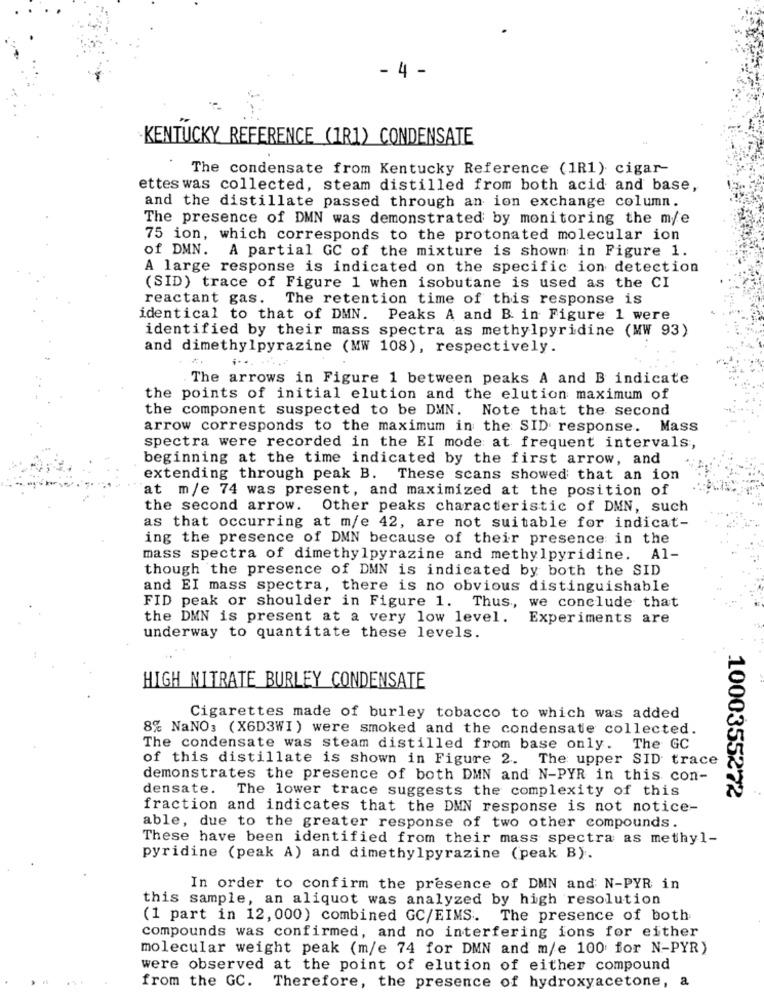
- 4 -
KENTUCKY REFERENCE (1R1) CONDENSATE
The condensate from Kentucky Reference (1R1) cigar-
ettes was collected, steam distilled from both acid and base,
and the distillate passed through an ion exchange column.
The presence of DMN was demonstrated by monitoring the m/e
75 ion, which corresponds to the protonated molecular ion
of DMN. A partial GC of the mixture is shown in Figure 1.
A large response is indicated on the specific ion detection
(SID) trace of Figure 1 when isobutane is used as the CI
reactant gas. The retention time of this response is
identical to that of DMN. Peaks A and B in Figure 1 were
identified by their mass spectra as methylpyridine (MW 93)
and dimethylpyrazine (MW 108), respectively.
...
The arrows in Figure 1 between peaks A and B indicate
the points of initial elution and the elution maximum of
the component suspected to be DMN. Note that the second
arrow corresponds to the maximum in the SID response. Mass
spectra were recorded in the EI mode at frequent intervals,
beginning at the time indicated by the first arrow, and
extending through peak B. These scans showed that an ion
at m/e 74 was present, and maximized at the position of
the second arrow. Other peaks characteristic of DMN, such
as that occurring at m/e 42, are not suitable for indicat-
ing the presence of DMN because of their presence in the
mass spectra of dimethylpyrazine and methylpyridine. Al-
though the presence of DMN is indicated by both the SID
and EI mass spectra, there is no obvious distinguishable
FID peak or shoulder in Figure 1. Thus, we conclude that
the DMN is present at a very low level.
Experiments are
underway to quantitate these levels.
HIGH NITRATE BURLEY CONDENSATE
Cigarettes made of burley tobacco to which was added
8% NaNO: (X6D3WI) were smoked and the condensate collected.
The condensate was steam distilled from base only. The GC
of this distillate is shown in Figure 2. The upper SID trace
demonstrates the presence of both DMN and N-PYR in this con-
densate. The lower trace suggests the complexity of this
1000355272
fraction and indicates that the DMN response is not notice-
able, due to the greater response of two other compounds.
These have been identified from their mass spectra as methyl-
pyridine (peak A) and dimethylpyrazine (peak B).
In order to confirm the presence of DMN and N-PYR in
this sample, an aliquot was analyzed by high resolution
(1 part in 12, 000) combined GC/EIMS. The presence of both
compounds was confirmed, and no interfering ions for either
molecular weight peak (m/e 74 for DMN and m/e 100 for N-PYR)
were observed at the point of elution of either compound
from the GC.
Therefore, the presence of hydroxyacetone, a